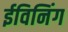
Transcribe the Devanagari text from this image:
ईविनिंग